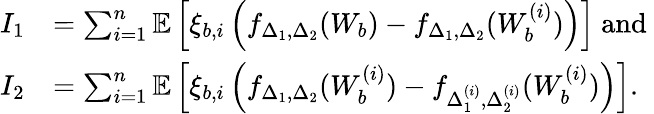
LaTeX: \begin{array}{rl}{I_{1}}&{=\sum_{i=1}^{n}\mathbb{E}\left[\xi_{b,i}\left(f_{\Delta_{1},\Delta_{2}}(W_{b})-f_{\Delta_{1},\Delta_{2}}(W_{b}^{(i)})\right)\right]\mathrm{~and~}}\\ {I_{2}}&{=\sum_{i=1}^{n}\mathbb{E}\left[\xi_{b,i}\left(f_{\Delta_{1},\Delta_{2}}(W_{b}^{(i)})-f_{\Delta_{1}^{(i)},\Delta_{2}^{(i)}}(W_{b}^{(i)})\right)\right].}\end{array}